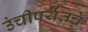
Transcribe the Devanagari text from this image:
उंचीपर्यंतचे